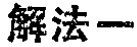
解法一